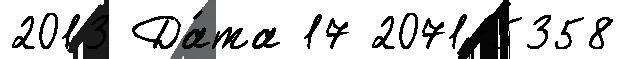
2013 Да́та 17 2071-5358